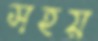
সহয়